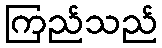
ကြည်သည်